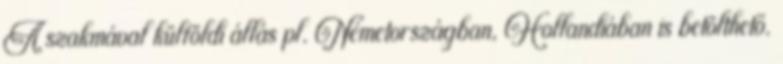
A szakmával külföldi állás pl. Németországban, Hollandiában is betölthető.